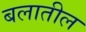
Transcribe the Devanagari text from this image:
बलातील